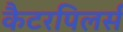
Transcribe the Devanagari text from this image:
कैटरपिलर्स